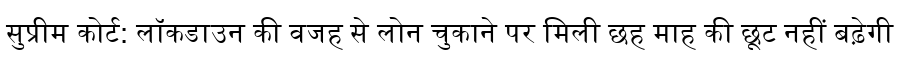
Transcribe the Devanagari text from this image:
सुप्रीम कोर्ट: लॉकडाउन की वजह से लोन चुकाने पर मिली छह माह की छूट नहीं बढ़ेगी